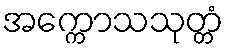
အက္ကောသသုတ္တံ